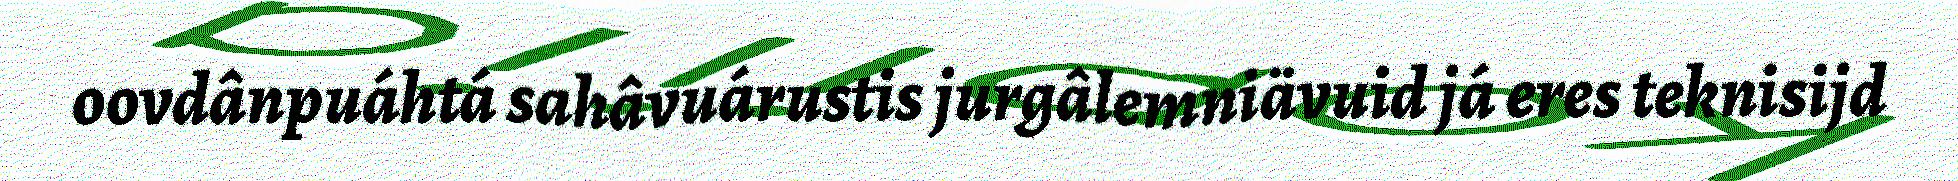
oovdânpuáhtá sahâvuárustis jurgâlemniävuid já eres teknisijd